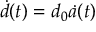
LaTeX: { \dot { d } } ( t ) = d _ { 0 } { \dot { a } } ( t )